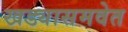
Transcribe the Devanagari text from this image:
खड्यासमवेत